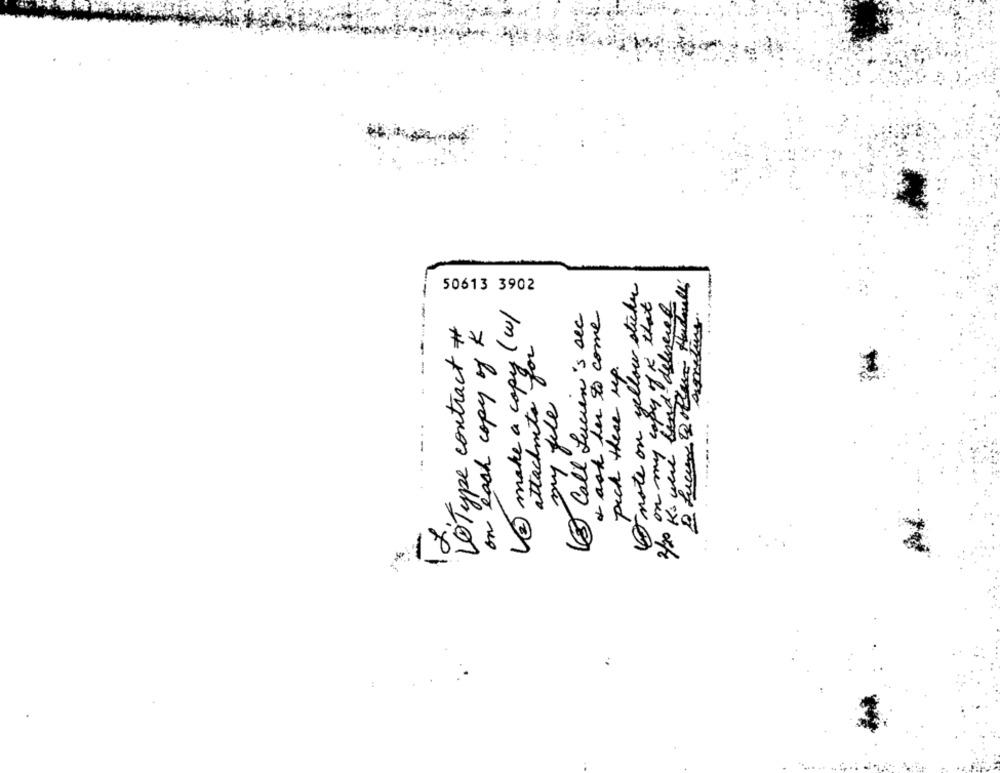
note on yellow sticky
50613 3902
copy of K that
(2) make a copy (w/
8 Call Lucien's sec
+ ask her to come
smilies
20Type contract #
on each copy of K
you
pich these up.
attachments
my file
s were
18